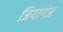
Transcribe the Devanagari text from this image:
जियागंज